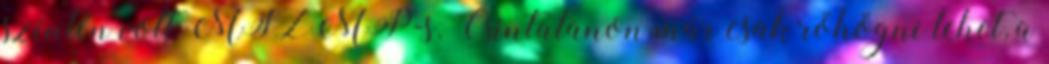
szintén volt MSZMP-s. Csintalanon már csak röhögni lehet, a